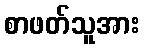
စာဖတ်သူအား